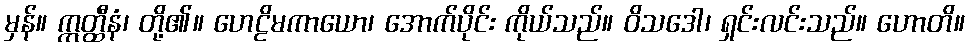
မှန်။ ဣတ္ထီနံ၊ တို့၏။ ဟေဠိမကာယော၊ အောက်ပိုင်း ကိုယ်သည်။ ဝိသဒေါ၊ ရှင်းလင်းသည်။ ဟောတိ။